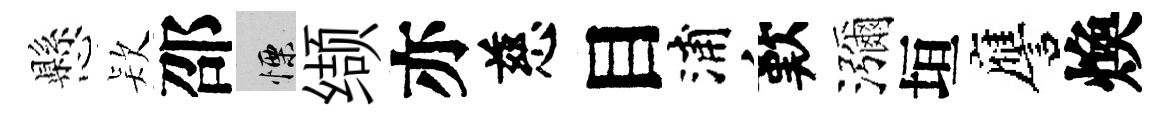
懸𣣇邵慄缬亦慈目浦歎瀰垣譍煥